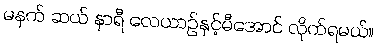
မနက် ဆယ် နာရီ လေယာဉ်နှင့်မီအောင် လိုက်ရမယ်။